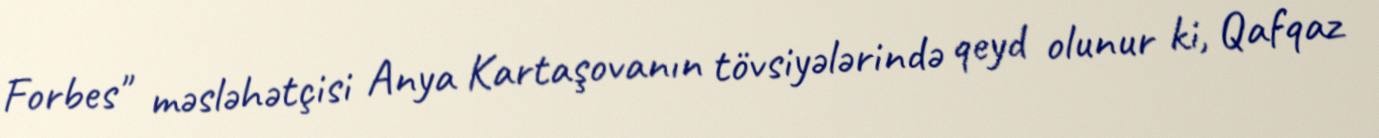
Forbes" məsləhətçisi Anya Kartaşovanın tövsiyələrində qeyd olunur ki, Qafqaz